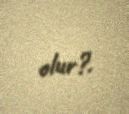
olur?.